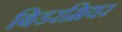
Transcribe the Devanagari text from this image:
बिडरमियर